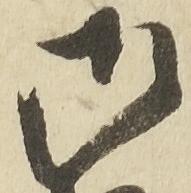
御